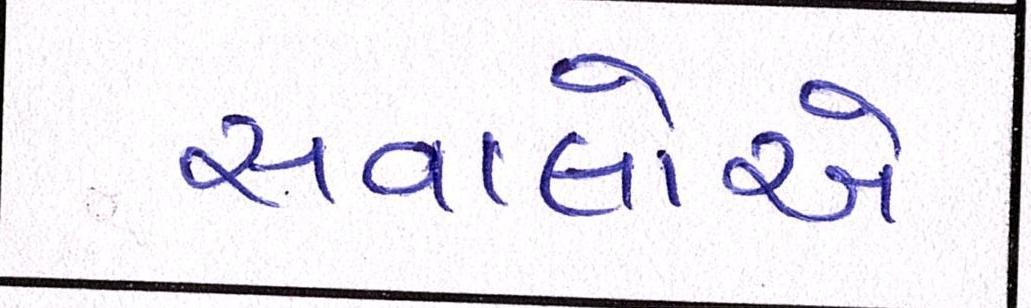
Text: સવાલોએ